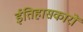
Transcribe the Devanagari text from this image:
ईतिहासकारों